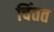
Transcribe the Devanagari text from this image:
चिंतत